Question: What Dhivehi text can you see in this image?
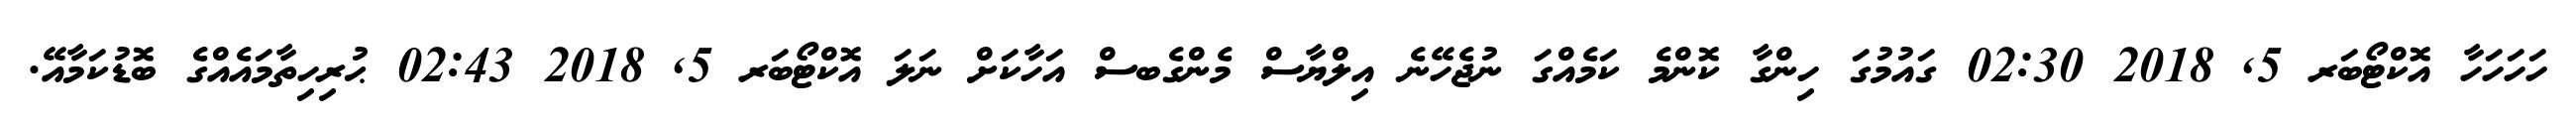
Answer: ހަހަހަހާ އޮކްޓޯބަރ 5, 2018 02:30 ގައުމުގަ ހިންގާ ކޮންމެ ކަމެއްގަ ނުޖެހޭނެ އިލްޔާސް މެންގެބސް އަހާކަށް ނަލަ އޮކްޓޯބަރ 5, 2018 02:43 ޙުރިހިތާމައެއްގެ ބޮޑުކަމާއޭ.